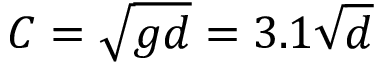
C = { \sqrt { g d } } = 3 . 1 { \sqrt { d } }